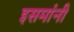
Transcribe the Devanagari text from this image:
इसमांनी